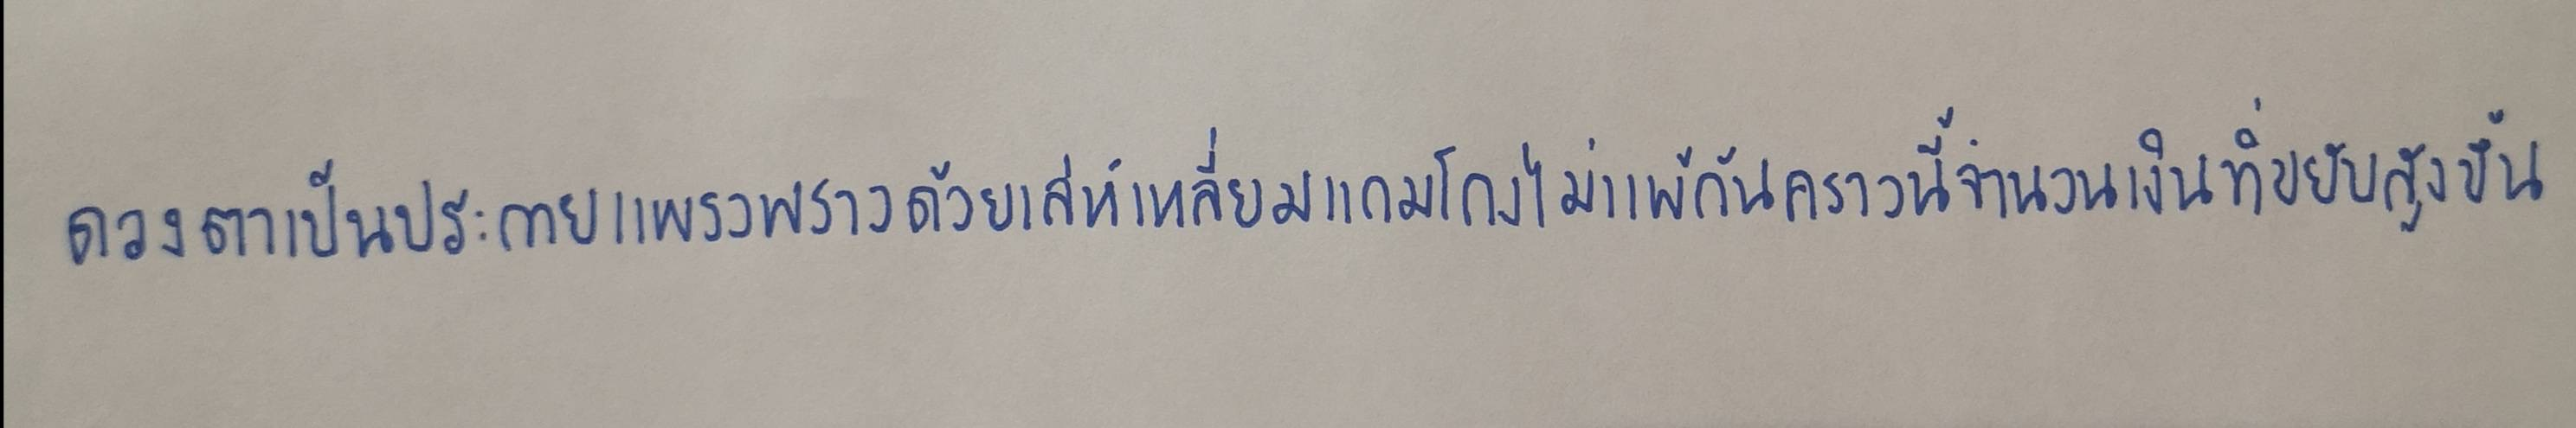
ดวงตาเป็นประกายแพรวพราวด้วยเล่ห์เหลี่ยมแกมโกงไม่แพ้กันคราวนี้จำนวนเงินที่ขยับสูงขึ้น